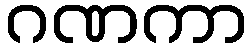
ဂဏကာ